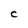
Character: C